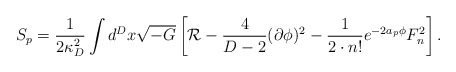
\begin{align*}S_p={1\over{2\kappa^2_D}}\int d^Dx\sqrt{-G}\left[{\cal R}-{4\over{D-2}}(\partial\phi)^2-{1\over{2\cdot n!}}e^{-2a_p\phi}F^2_n\right].\end{align*}